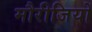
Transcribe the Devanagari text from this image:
मौरीजियों